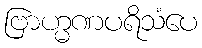
ဗြာဟ္မဏပရိသံပေ